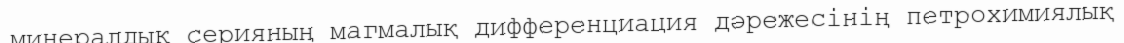
минералдық серияның магмалық дифференциация дәрежесінің петрохимиялық